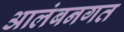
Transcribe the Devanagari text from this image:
आलंबनगत